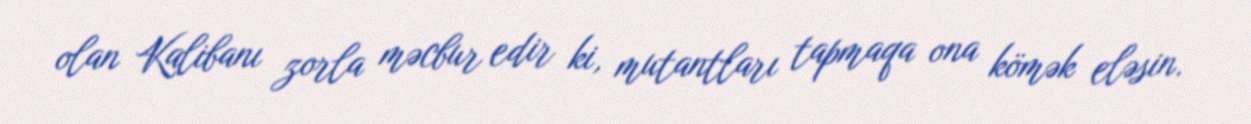
olan Kalibanı zorla məcbur edir ki, mutantları tapmaqa ona kömək eləsin.